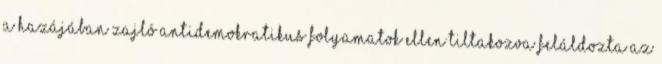
a hazájában zajló antidemokratikus folyamatok ellen tiltakozva feláldozta az